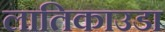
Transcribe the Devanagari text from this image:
लातिकाउडा